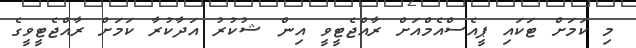
މި ކަމަށް ޓަކައި ޕީއެސްއެމްއަށް ރާއްޖެޓީވީ އިން ޝުކުރު އަދާކުރާ ކަމަށް ރާއްޖެޓީވީގެ